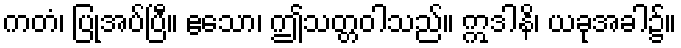
ကတံ၊ ပြုအပ်ပြီ။ ဧသော၊ ဤသတ္တဝါသည်။ ဣဒါနိ၊ ယခုအခါ၌။